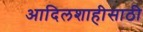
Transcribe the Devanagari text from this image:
आदिलशाहीसाठी